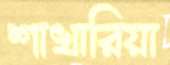
শাখারিয়া